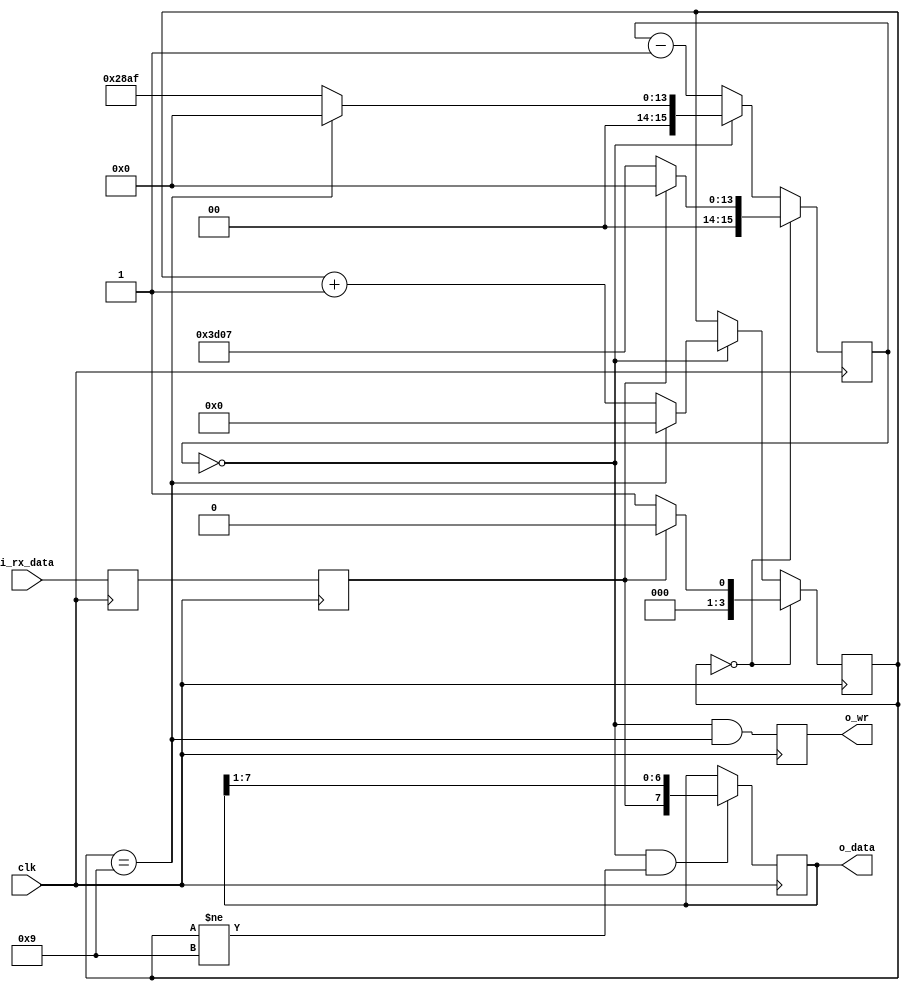
// BAUD_RATE = 9600
`default_nettype none
module receiver(clk, i_rx_data, o_wr, o_data);

parameter DATAWIDTH = 8;
localparam[3:0]	IDLE = 4'h0, 
		BIT_ZERO = 4'h1, 
		BIT_ONE = 4'h2,	
		BIT_TWO = 4'h3, 
		BIT_THREE = 4'h4, 
		BIT_FOUR = 4'h5, 
		BIT_FIVE = 4'h6, 
		BIT_SIX = 4'h7, 
		BIT_SEVEN = 4'h8, 
		STOP_BIT = 4'h9;
input wire clk;
input wire i_rx_data;
output reg o_wr;
output reg [DATAWIDTH-1:0] o_data;

reg [3:0] STATE;
reg [15:0] baud_count;
reg zero_baud;

reg ck_uart;
reg	q_uart;
initial ck_uart = 1'b1;
initial q_uart = 1'b1;
always @(posedge clk)
	{ck_uart, q_uart} <= {q_uart, i_rx_data};

initial baud_count = 0;
initial o_data = 0;
initial STATE = IDLE;
always@(posedge clk)
    if (STATE == IDLE) begin
        STATE <= IDLE;
        baud_count <= 0;
        // o_data <= 0;
        if (!ck_uart) begin     //when start bit is detected
            STATE <= BIT_ZERO;
            baud_count <= 15623;  // 10416 + 5208 - 1 ie: 1.5 baud, for the start bit of UART
        end
    end
    else if (zero_baud) begin
        STATE <= STATE+1;         // BIT_ZERO->BIT_ONE->......->STOP_BIT
        baud_count <= 10415;      //10416 - 1 ie: 1 baud
        if (STATE == STOP_BIT) begin
            STATE <= IDLE;
            baud_count <= 0;
        end
    end
    else
        baud_count <= baud_count-1'b1;
always @(*)
    zero_baud = (baud_count == 0);   //zero_baud is true when baud_count reaches zero and acts like a flag
always @(posedge clk)
    if((zero_baud)&&(STATE != STOP_BIT))
        o_data <= {ck_uart,o_data[7:1]};
initial o_wr = 1'b0;
always@(posedge clk)
    o_wr<=((zero_baud) && (STATE == STOP_BIT)); //o_wr signal becomes high when STOP_BIT is current state and baud_count==0 ie: all data bits have been received
endmodule